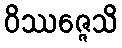
ဝိဿဇ္ဇေသိ